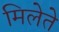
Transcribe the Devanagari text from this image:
मिलेते